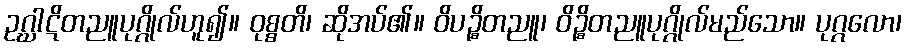
ဥဂ္ဃာဋိတညူပုဂ္ဂိုလ်ဟူ၍။ ဝုစ္စတိ၊ ဆိုအပ်၏။ ဝိပဉ္စိတညူ၊ ဝိဉ္စိတညူပုဂ္ဂိုလ်မည်သော။ ပုဂ္ဂလော၊